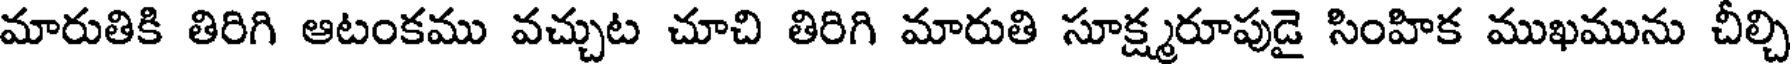
మారుతికి తిరిగి ఆటంకము వచ్చుట చూచి తిరిగి మారుతి సూక్ష్మరూపుడై సింహిక ముఖమును చీల్చి